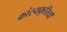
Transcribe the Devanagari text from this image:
कांस्यकृतियाँ